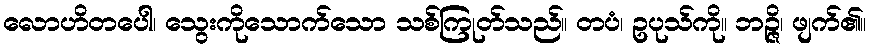
လောဟိတပေါ၊ သွေးကိုသောက်သော သစ်ကြုတ်သည်။ တပံ၊ ဥပုသ်ကို။ ဘဉ္ဇိ၊ ဖျက်၏။